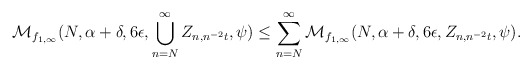
\begin{align*}\mathcal{M}_{f_{1,\infty}}(N,\alpha+\delta,6\epsilon,\bigcup_{n=N}^{\infty}Z_{n,n^{-2}t},\psi)\leq\sum_{n=N}^{\infty}\mathcal{M}_{f_{1,\infty}}(N,\alpha+\delta,6\epsilon,Z_{n,n^{-2}t},\psi).\end{align*}